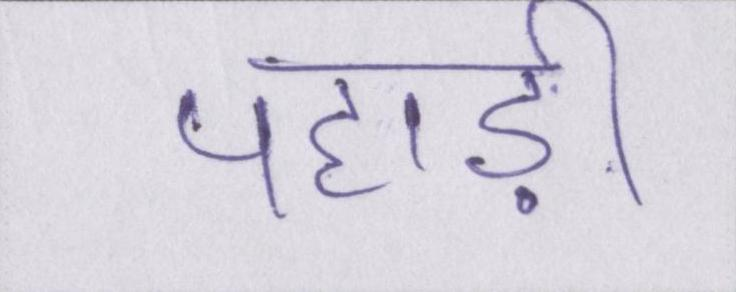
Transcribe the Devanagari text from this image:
पहाड़ी